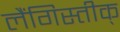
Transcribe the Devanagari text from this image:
लैंगिस्तीक्